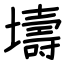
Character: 壔